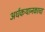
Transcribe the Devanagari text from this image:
अर्धकथानकाचा